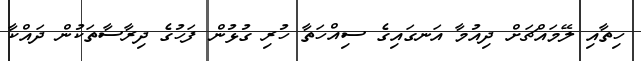
ހިތާއި ލޭމައްޗަށް ދިއުމާ އަނގައިގެ ސިއްހަތާ ހުރި ގުޅުން ފަހުގެ ދިރާސާތަކުން ދައްކާ